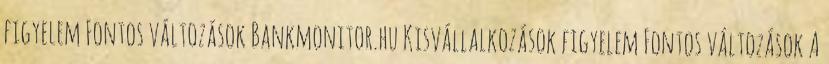
figyelem Fontos változások Bankmonitor.hu Kisvállalkozások figyelem Fontos változások A